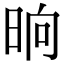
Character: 晌